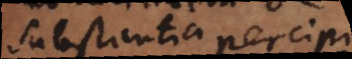
substantia percipi